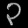
Digit: ၃